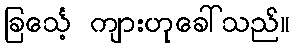
ခြင်္သေ့ ကျားဟုခေါ်သည်။